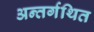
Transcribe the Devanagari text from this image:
अन्तर्गथित